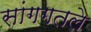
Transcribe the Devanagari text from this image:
सांगगतले